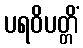
ပရဝိပတ္တိံ